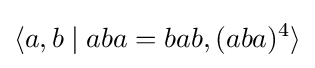
\langle a,b\mid aba=bab,(aba)^{4}\rangle